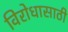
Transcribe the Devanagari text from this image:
विरोधासाठी